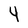
Character: 4